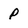
Character: p